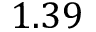
1 . 3 9